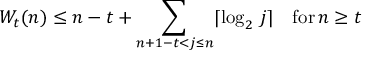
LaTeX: W _ { t } ( n ) \leq n - t + \sum _ { n + 1 - t < j \leq n } \lceil { \log _ { 2 } \, j } \rceil \quad { \mathrm { f o r } } \, n \geq t